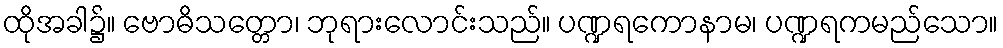
ထိုအခါ၌။ ဗောဓိသတ္တော၊ ဘုရားလောင်းသည်။ ပဏ္ဍရကောနာမ၊ ပဏ္ဍရကမည်သော။